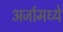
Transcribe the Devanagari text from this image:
अर्जामध्ये